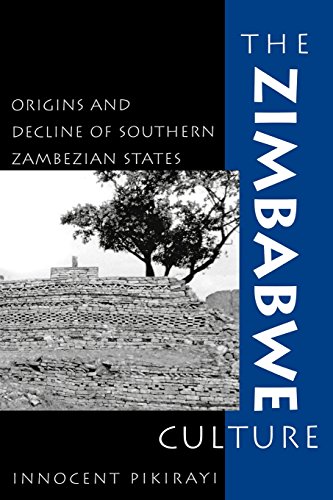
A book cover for The Zimbabwe Culture: Origins and Decline of Southern Zambezian States (African Archaeology Series); Innocent Pikirayi; History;